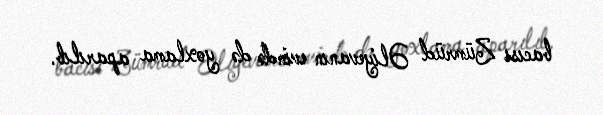
bacısı Zümrüd Əliyevanın evində də yoxlama aparılıb.